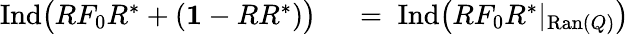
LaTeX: \begin{array}{rl}{\mathrm{Ind}\big(RF_{0}R^{*}+({\mathbf 1}-RR^{*})\big)}&{{}\; =\; \mathrm{Ind}\big(RF_{0}R^{*}|_{\mathrm{Ran}(Q)}\big)}\end{array}